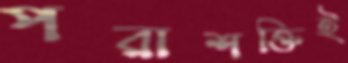
পরাশক্তিই